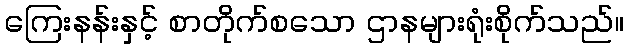
ကြေးနန်းနှင့် စာတိုက်စသော ဌာနများရုံးစိုက်သည်။